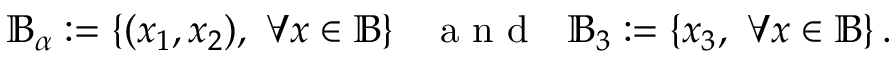
\mathbb { B } _ { \alpha } : = \left\{ ( x _ { 1 } , x _ { 2 } ) , \ \forall \boldsymbol { x } \in \mathbb { B } \right\} \ \ \textup { a n d } \ \ \mathbb { B } _ { 3 } : = \left\{ x _ { 3 } , \ \forall \boldsymbol { x } \in \mathbb { B } \right\} .